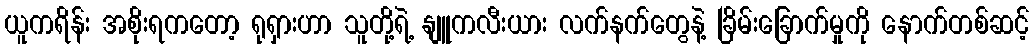
ယူကရိန်း အစိုးရကတော့ ရုရှားဟာ သူတို့ရဲ့ နျူကလီးယား လက်နက်တွေနဲ့ ခြိမ်းခြောက်မှုကို နောက်တစ်ဆင့်